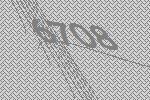
6708